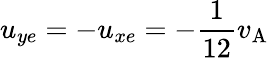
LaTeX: u_{ye}=-u_{xe}=-\frac{1}{12}v_{\mathrm{A}}